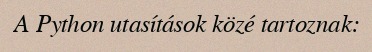
A Python utasítások közé tartoznak: